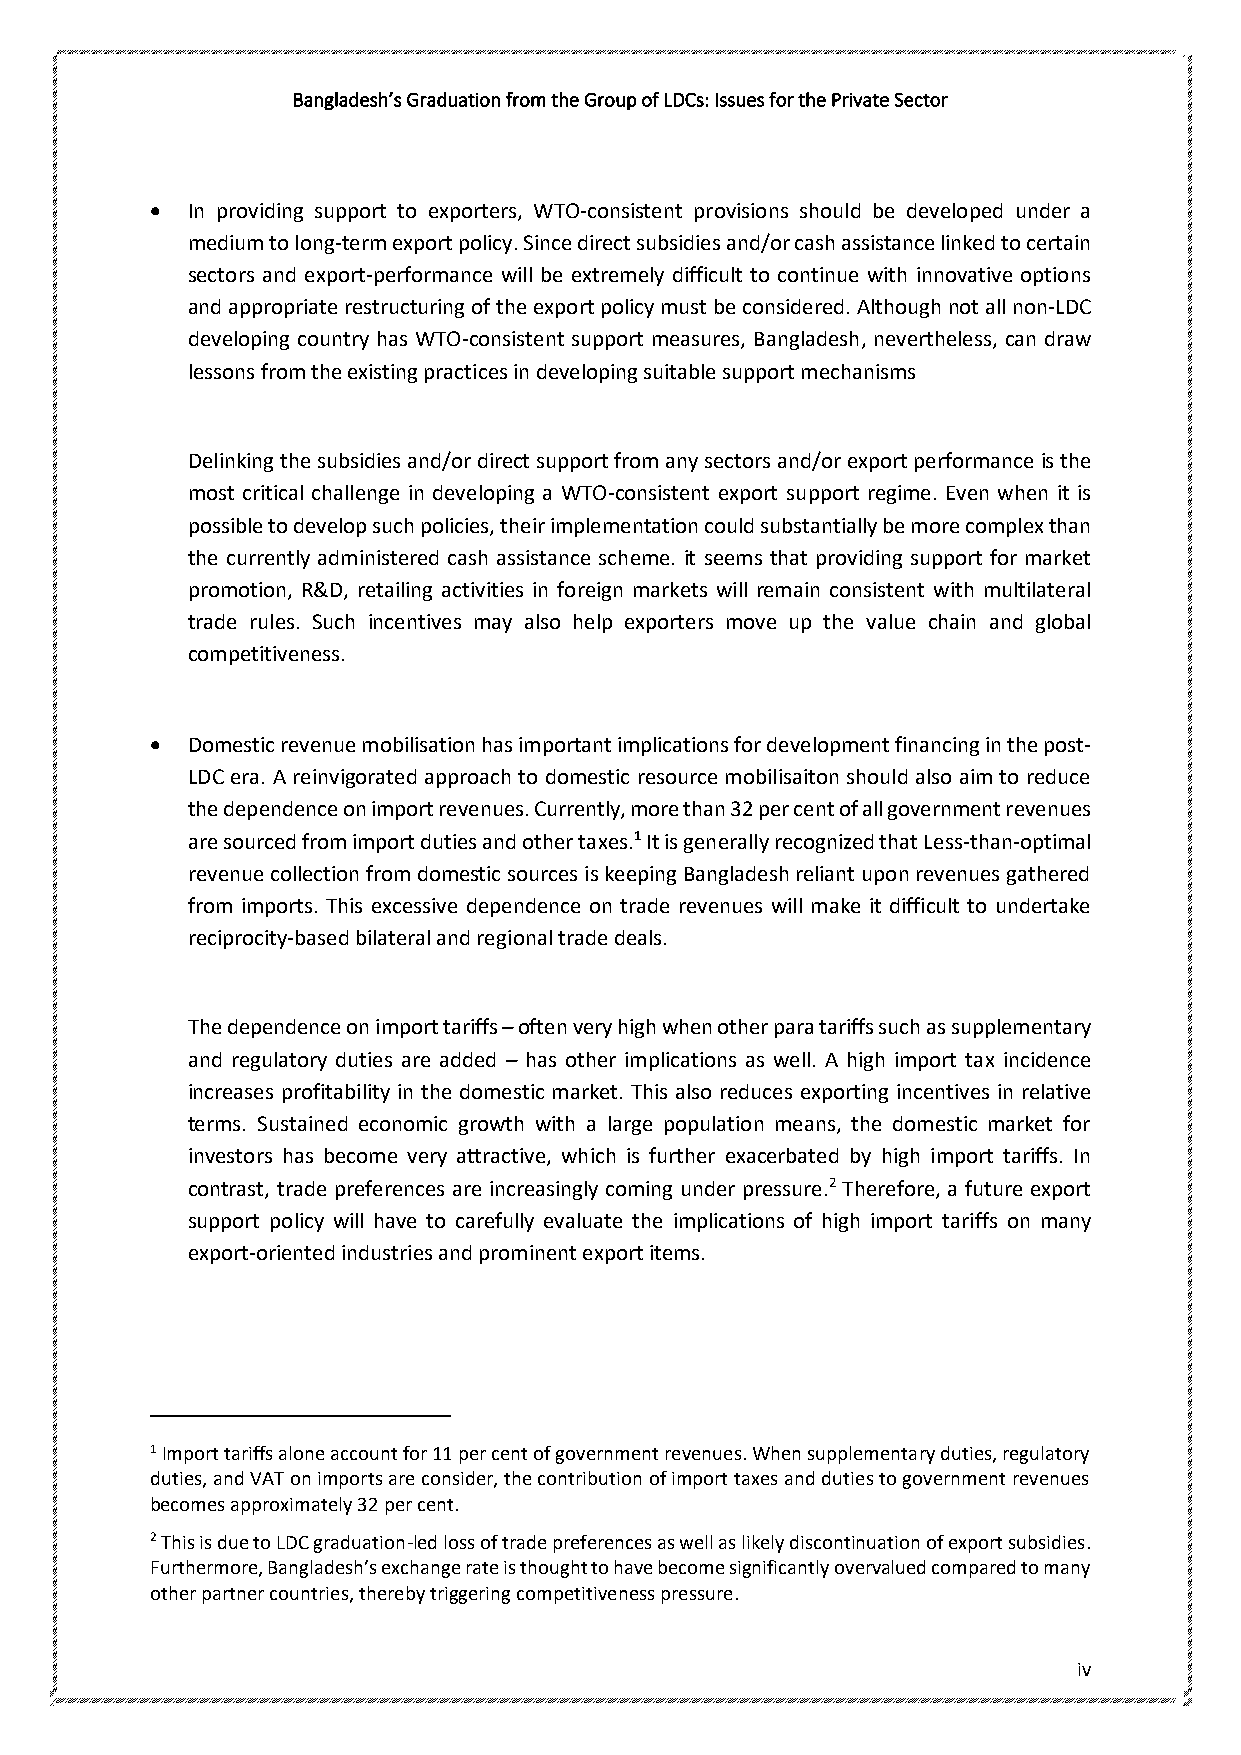
Bangladesh’s Graduation from the Group of LDCs: Issues for the Private Sector
 • In providing support to exporters, WTO-consistent provisions should be developed under a
 medium to long-term export policy. Since direct subsidies and/or cash assistance linked to certain
 sectors and export-performance will be extremely difficult to continue with innovative options
 and appropriate restructuring of the export policy must be considered. Although not all non-LDC
 developing country has WTO-consistent support measures, Bangladesh, nevertheless, can draw
 lessons from the existing practices in developing suitable support mechanisms
 Delinking the subsidies and/or direct support from any sectors and/or export performance is the
 most critical challenge in developing a WTO-consistent export support regime. Even when it is
 possible to develop such policies, their implementation could substantially be more complex than
 the currently administered cash assistance scheme. it seems that providing support for market
 promotion, R&D, retailing activities in foreign markets will remain consistent with multilateral
 trade rules. Such incentives may also help exporters move up the value chain and global
 competitiveness.
 • Domestic revenue mobilisation has important implications for development financing in the post-
 LDC era. A reinvigorated approach to domestic resource mobilisaiton should also aim to reduce
 the dependence on import revenues. Currently, more than 32 per cent of all government revenues
 are sourced from import duties and other taxes.1 It is generally recognized that Less-than-optimal
 revenue collection from domestic sources is keeping Bangladesh reliant upon revenues gathered
 from imports. This excessive dependence on trade revenues will make it difficult to undertake
 reciprocity-based bilateral and regional trade deals.
 The dependence on import tariffs – often very high when other para tariffs such as supplementary
 and regulatory duties are added – has other implications as well. A high import tax incidence
 increases profitability in the domestic market. This also reduces exporting incentives in relative
 terms. Sustained economic growth with a large population means, the domestic market for
 investors has become very attractive, which is further exacerbated by high import tariffs. In
 contrast, trade preferences are increasingly coming under pressure.2 Therefore, a future export
 support policy will have to carefully evaluate the implications of high import tariffs on many
 export-oriented industries and prominent export items.
 1 Import tariffs alone account for 11 per cent of government revenues. When supplementary duties, regulatory
 duties, and VAT on imports are consider, the contribution of import taxes and duties to government revenues
 becomes approximately 32 per cent.
 2 This is due to LDC graduation-led loss of trade preferences as well as likely discontinuation of export subsidies.
 Furthermore, Bangladesh’s exchange rate is thought to have become significantly overvalued compared to many
 other partner countries, thereby triggering competitiveness pressure.
 iv